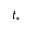
t _ { * }